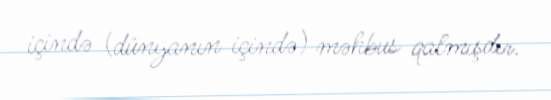
içində (dünyanın içində) məhbus qalmışdır.